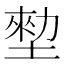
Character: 𡎼